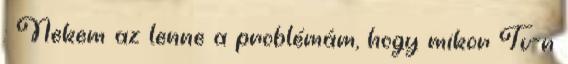
: Nekem az lenne a problémám, hogy mikor Tv-n